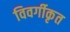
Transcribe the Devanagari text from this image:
विवर्गीकृत